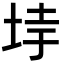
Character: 𡋌